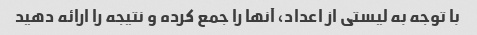
با توجه به لیستی از اعداد، آنها را جمع کرده و نتیجه را ارائه دهید